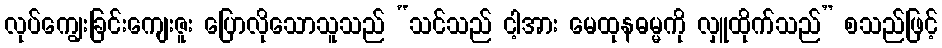
လုပ်ကျွေးခြင်းကျေးဇူး ပြောလိုသောသူသည် “သင်သည် ငါ့အား မေထုနဓမ္မကို လှူထိုက်သည်” စသည်ဖြင့်